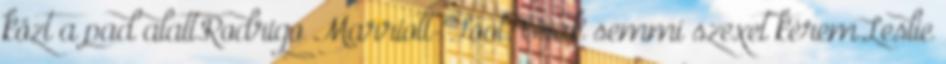
közt a pad alatt.Rodrigo Marriott-Foot: Csak semmi szexet kérem.Leslie